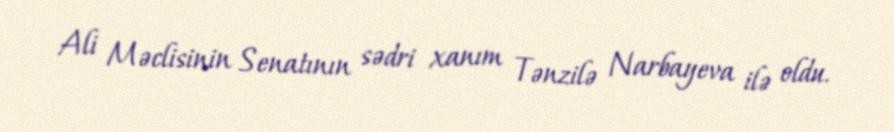
Ali Məclisinin Senatının sədri xanım Tənzilə Narbayeva ilə oldu.